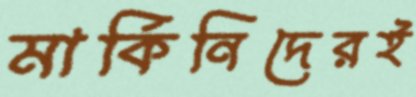
মার্কিনিদেরই